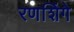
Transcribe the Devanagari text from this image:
रणशिंगे